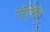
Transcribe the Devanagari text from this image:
लेयिज़ीग